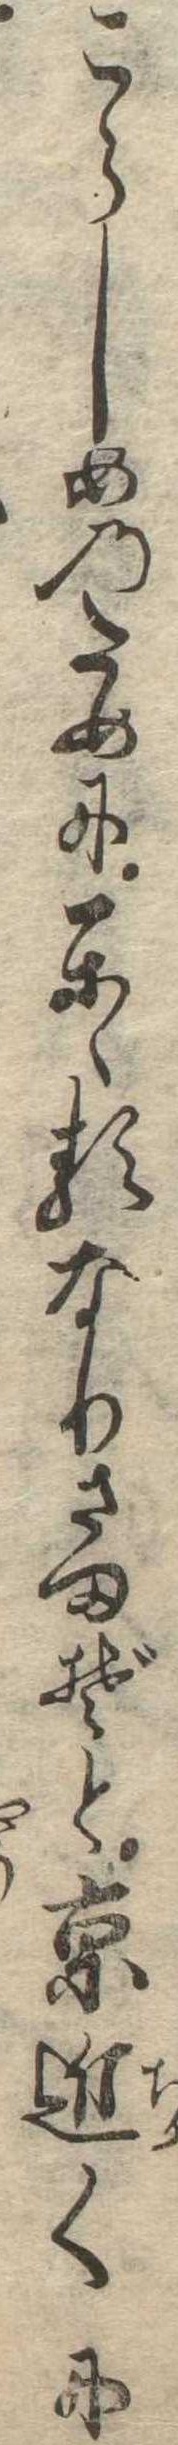
こらしめのためにかゝるなりさまぞと京近くに